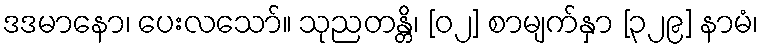
ဒဒမာနော၊ ပေးလသော်။ သုညတန္တိ၊ [၀၂] စာမျက်နှာ [၃၂၉] နာမံ၊